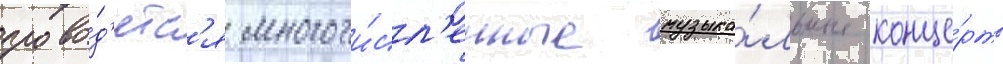
прово́д'ятс'я многочи́сл'енные музыка́льные конце́рты